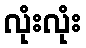
လုံးလုံး